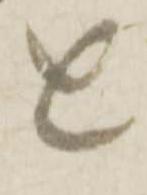
近